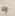
ولا